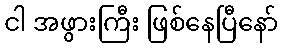
ငါ အဖွားကြီး ဖြစ်နေပြီနော်